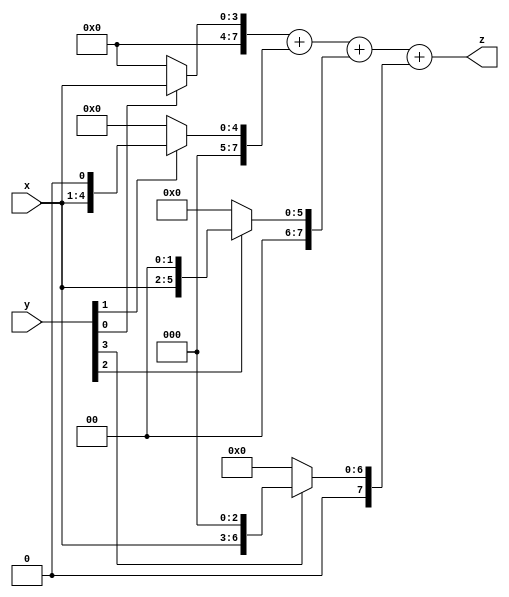
//Ramos Scalabrin Victoria Hermila
//Esparza Soto Jesus Eduardo
//multiplicador de 4 bits

//Modulo///
module mul4b (x,y,z);
	//Puertos
	//sentido  tipo   tamao   nombre 
	input 			    [3:0]    y,x;
	output             [7:0]    z;
	//Registros 
	reg                [7:0]    r0,r1,r2,r3;
//	wire               [15:0]   sx;
//	wire					 [2:0]    cx;
	
		
	//Registros

//Asignaciones///
//	//seales
//   assign z[6:3]=sx[15:12];
//	assign z[0]=sx[0];
//	assign z[1]=sx[4];
//	assign z[2]=sx[8];
//	
//	//Componente
//	//nombre          etiqueta (puertos)
//	bloque_mul4b      h0       (.X(x[3:0]),.Y(y[0]),.Sx(0)       ,.Si(0)    ,.So(sx[3:0])  ,.Co(cx[0]));
//	bloque_mul4b      h1       (.X(x[3:0]),.Y(y[1]),.Sx(sx[3:1]) ,.Si(cx[0]),.So(sx[7:4])  ,.Co(cx[1]));
//	bloque_mul4b      h2       (.X(x[3:0]),.Y(y[2]),.Sx(sx[7:5]) ,.Si(cx[1]),.So(sx[11:8]) ,.Co(cx[2]));
//	bloque_mul4b      h3       (.X(x[3:0]),.Y(y[3]),.Sx(sx[11:9]),.Si(cx[2]),.So(sx[15:12]),.Co(z[7]) );
//	//Secuenciales

		//Comportamental Concurrente Ternaria
		
	//assign seal=condicion? cierto:falso
//	assign r0=y[0]? {4'b0000,x}:0;
//	assign r1=y[1]? {3'b000,x,1'b0}:0;
//	assign r2=y[2]? {2'b00,x,2'b00}:0;
//	assign r3=y[3]? {1'b0,x,3'b000}:0;
//	
//	assign z=r0+r1+r2+r3;
	
		//Condicional "if"
	
	always@(y)
	begin
		if(y[0])
			r0={4'b0000,x};
		else
			r0=0;
		
		if(y[1])
			r1={3'b000,x,1'b0};
		else
			r1=0;
		
		if(y[2])
			r2={2'b00,x,2'b00};
		else
			r2=0;
			
		if(y[3])
			r3={1'b0,x,3'b000};
		else
			r3=0;	
	
	end
	
	assign z=r0+r1+r2+r3;
	
endmodule